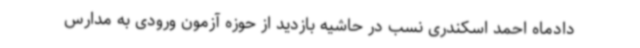
دادماه احمد اسکندری نسب در حاشیه بازدید از حوزه آزمون ورودی به مدارس